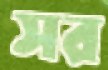
সর